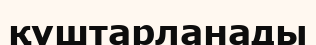
құштарланады